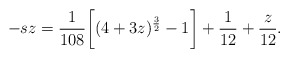
\begin{align*}-sz = \frac{1}{108} \biggl [ (4+3z)^{\frac{3}{2}}-1 \biggr ] + \frac{1}{12} + \frac{z}{12} .\end{align*}